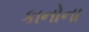
કાનોના